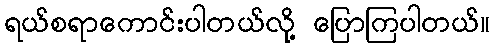
ရယ်စရာကောင်းပါတယ်လို့ ပြောကြပါတယ်။